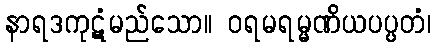
နာရဒကုဋံမည်သော။ ဝရမရမ္မဏိယပပ္ပတံ၊